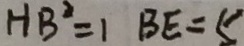
H B ^ { 2 } = 1 B E = 5